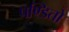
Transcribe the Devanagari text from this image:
पण्डितो